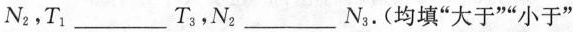
N_{2}，T_{1}___T_{3}，N_{2}___N_{3}.(均填”大于””小于”